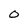
Character: 0